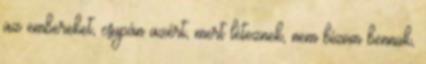
az embereket, csupán azért, mert léteznek, nem bízom bennük,